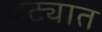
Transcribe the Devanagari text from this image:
पट्यात